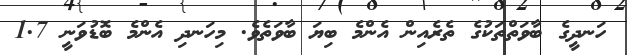
ހަނދީގެ ބާވަތްތަކުގެ ތެރެއިން އެންމެ ބިޔަ ބާވަތެވެ. މިހަނދި އެންމެ ބޮޑުވަނީ 1.7